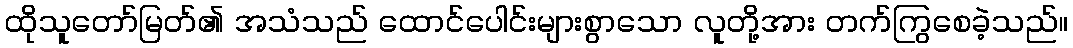
ထိုသူတော်မြတ်၏ အသံသည် ထောင်ပေါင်းများစွာသော လူတို့အား တက်ကြွစေခဲ့သည်။